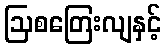
ဩစတြေးလျနှင့်